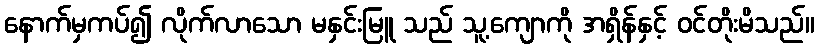
နောက်မှကပ်၍ လိုက်လာသော မနှင်းမြူ သည် သူ့ကျောကို အရှိန်နှင့် ဝင်တိုးမိသည်။